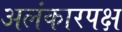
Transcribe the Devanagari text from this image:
अलंकारपक्ष